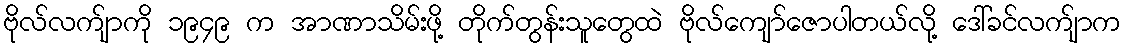
ဗိုလ်လက်ျာကို ၁၉၄၉ က အာဏာသိမ်းဖို့ တိုက်တွန်းသူတွေထဲ ဗိုလ်ကျော်ဇောပါတယ်လို့ ဒေါ်ခင်လက်ျာက